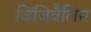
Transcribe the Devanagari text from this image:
जिंजिवैलिस